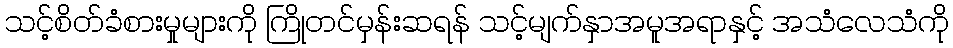
သင့်စိတ်ခံစားမှုများကို ကြိုတင်မှန်းဆရန် သင့်မျက်နှာအမူအရာနှင့် အသံလေသံကို